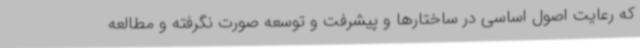
که رعایت اصول اساسی در ساختارها و پیشرفت و توسعه صورت نگرفته و مطالعه